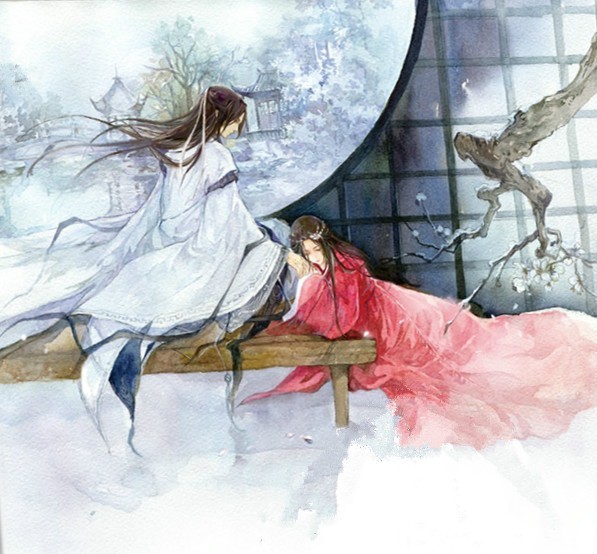
游人记得承平事，暗喜风光似昔年。